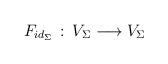
LaTeX: \begin{align*}F_{id_\Sigma}\, :\, V_{\Sigma}\longrightarrow V_{\Sigma}\end{align*}